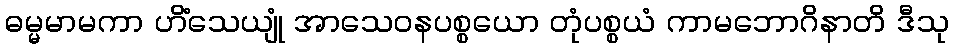
ဓမ္မမာမကာ ဟိံသေယျုံ အာသေဝနပစ္စယော တုံပစ္စယံ ကာမဘောဂိနာတိ ဒီသု